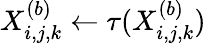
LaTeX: X_{i,j,k}^{(b)}\gets\tau(X_{i,j,k}^{(b)})